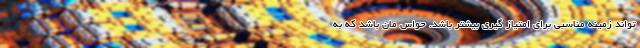
تواند زمینه مناسبی برای امتیاز گیری بیشتر باشد. حواس مان باشد که به